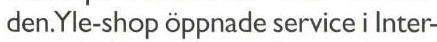
den.Yle-shop öppnade service i Inter-